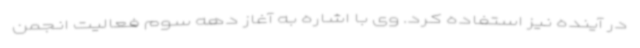
در آینده نیز استفاده کرد. وی با اشاره به آغاز دهه سوم فعالیت انجمن